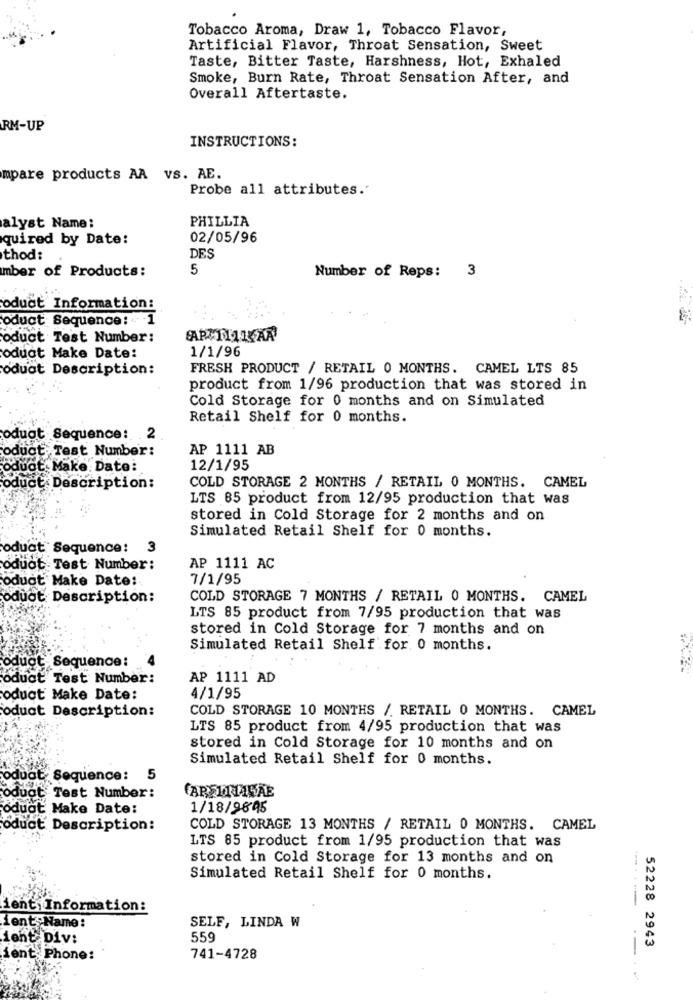
Tobacco Aroma, Draw 1, Tobacco Flavor,
Artificial Flavor, Throat Sensation, Sweet
Taste, Bitter Taste, Harshness, Hot, Exhaled
Smoke, Burn Rate, Throat Sensation After, and
Overall Aftertaste.
RM-UP
INSTRUCTIONS:
mpare products AA VS. AE.
Probe all attributes."
PHILLIA
alyst Name:
quired by Date:
02/05/96
thod:
DES
mber of Products:
5
Number of Reps: 3
oduct Information:
oduct Sequence: 1
oduct Test Number:
ARMNULLAA
1/1/96
oduct Make Date:
oduat Description:
FRESH PRODUCT / RETAIL 0 MONTHS. CAMEL LTS 85
product from 1/96 production that was stored in
Cold Storage for 0 months and on Simulated
Retail Shelf for 0 months.
oduat Sequence: 2
oduct, Test Number:
AP 1111 AB
oduct. Make: Date:
12/1/95
oduct Description:
COLD STORAGE 2 MONTHS / RETAIL 0 MONTHS. CAMEL
LTS 85 product from 12/95 production that was
stored in Cold Storage for 2 months and on
Simulated Retail Shelf for 0 months.
oduct Sequence: 3
oduot Test Number:
AP 1111 AC
oduct Make Date:
7/1/95
oduot Description:
COLD STORAGE 7 MONTHS / RETAIL 0 MONTHS. CAMEL
LTS 85 product from 7/95 production that was
stored in Cold Storage for 7 months and on
Simulated Retail Shelf for. 0 months.
oduct Sequence:
oduct Test Number:
AP 1111 AD
oduct Make Date:
4/1/95
oduct Description:
COLD STORAGE 10 MONTHS / RETAIL 0 MONTHS. CAMEL
LTS 85 product from 4/95 production that was
stored in Cold Storage for 10 months and on
Simulated Retail Shelf for 0 months.
oduct Sequence:5
CARE 1115ÃE
oduct Test Number:
oduot Make Date:
1/18/9895
oduct Description:
COLD STORAGE 13 MONTHS / RETAIL 0 MONTHS. CAMEL
LTS 85 product from 1/95 production that was
stored in Cold Storage for 13 months and on
Simulated Retail Shelf for 0 months.
ient Information:
ient Name:
SELF, LINDA W
ient Div:
559
52228 2943
ient Phone:
741-4728